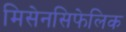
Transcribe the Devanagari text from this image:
मिसेनसिफेलिक